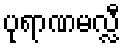
ပုရာဏမလ္လီ